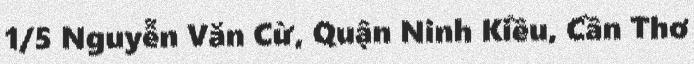
1/5 Nguyễn Văn Cừ, Quận Ninh Kiều, Cần Thơ